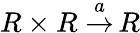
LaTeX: R\times R\; {\stackrel{a}{\to}}\, R